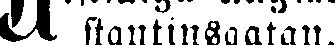
# stantinsgatan.